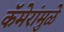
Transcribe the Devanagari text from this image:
कॅमेरांमुळे